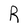
Character: R